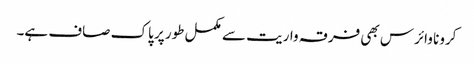
کرونا وائرس بھی فرقہ واریت سے مکمل طور پر پاک صاف ہے۔